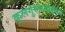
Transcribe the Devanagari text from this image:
कुलगुरुपदावरून